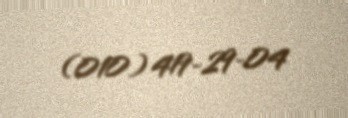
(010) 419-29-04